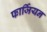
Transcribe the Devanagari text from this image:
फार्जियन